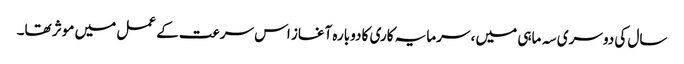
سال کی دوسری سہ ماہی میں ، سرمایہ کاری کا دوبارہ آغاز اس سرعت کے عمل میں موثر تھا۔